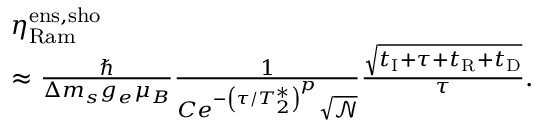
\begin{array} { r l } & { \eta _ { \mathrm { R a m } } ^ { \mathrm { e n s , s h o } } } \\ & { \approx \frac { \hbar } { \Delta m _ { s } g _ { e } \mu _ { B } } \frac { 1 } { C e ^ { - \left( \tau / T _ { 2 } ^ { * } \right) ^ { p } } \sqrt { \mathscr { N } } } \frac { \sqrt { t _ { \mathrm { I } } + \tau + t _ { \mathrm { R } } + t _ { \mathrm { D } } } } { \tau } . } \end{array}